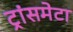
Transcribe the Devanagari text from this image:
ट्रांसमेटा